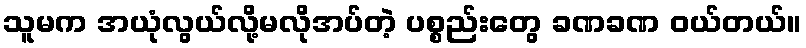
သူမက အယုံလွယ်လို့မလိုအပ်တဲ့ ပစ္စည်းတွေ ခဏခဏ ဝယ်တယ်။